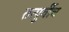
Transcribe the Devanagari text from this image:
तत्पुर्वीच